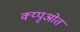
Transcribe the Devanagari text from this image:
क्य्पृओत